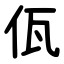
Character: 佤